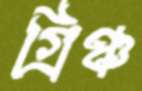
গ্রিঞ্চ